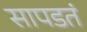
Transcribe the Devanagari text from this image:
सापडतं